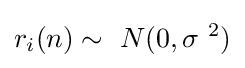
r_{i}(n)\sim \ N(0,\sigma \ ^{2})